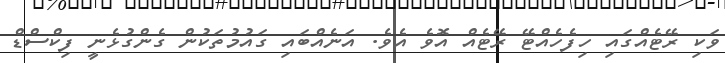
ވަކި ރޭޓެއްގައި ހިފެހެއްޓޭ ރޭޓެއް އޮވެ އެވެ. އަނެއްބައި ގައުމުތަކުން ގެންގުޅެނީ ފިކްސްޑް